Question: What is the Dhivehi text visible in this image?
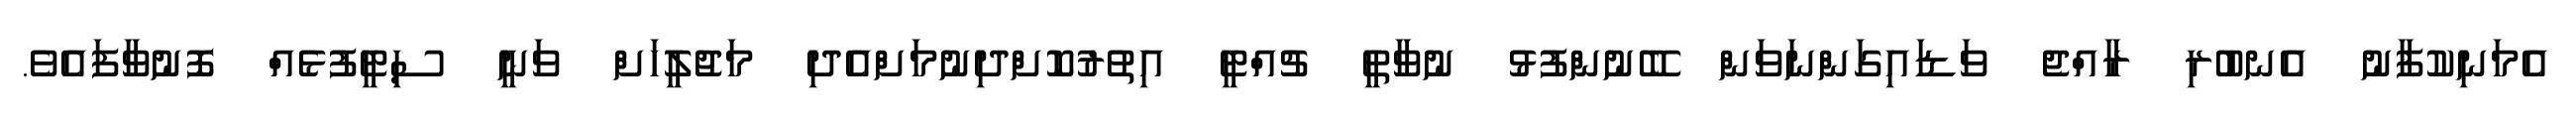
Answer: އެމަނިކުފާނު އެނބުރި ރާއްޖެ ވަޑައިގަންނަވަން ބޭނުންފުޅު ނުވާތީ ޗުއްޓީ އިތުރުކޮށްދިނުމަށްއެދި މަޖުލީހަށް ވަނީ ސިޓީފުޅެއް ފޮނުވާފައެވެ.